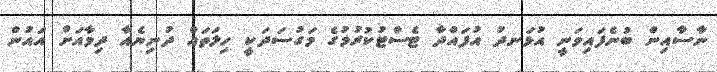
ނާސާއިން ބުނެފައިވަނީ އުޅަނދު އުފައްދާ ޓެސްޓުކުރުމުގެ މަގުސަދަކީ ހިލަތައް ދުނިޔެއާ ދިމާއަށް އައުން